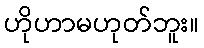
ဟိုဟာမဟုတ်ဘူး။